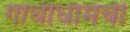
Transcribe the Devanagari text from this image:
गांधीधामची